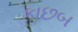
કાછબ